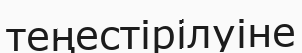
теңестірілуіне